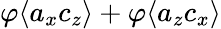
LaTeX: \varphi\langle a_{x}c_{z}\rangle+\varphi\langle a_{z}c_{x}\rangle